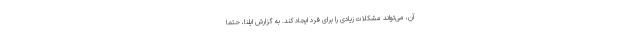
آن، می‌تواند مشکلات زیادی را برای فرد ایجاد کند. به گزارش ایلنا، حتما